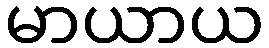
မာယာယ